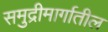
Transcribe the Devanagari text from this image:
समुद्रीमार्गातील